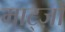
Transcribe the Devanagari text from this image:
माट्ज़ो